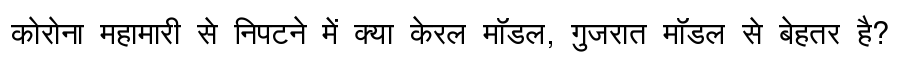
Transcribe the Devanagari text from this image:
कोरोना महामारी से निपटने में क्या केरल मॉडल, गुजरात मॉडल से बेहतर है?